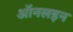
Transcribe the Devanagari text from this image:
ऑनलइन